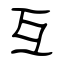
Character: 互